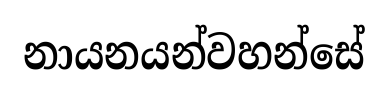
නායනයන්වහන්සේ